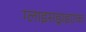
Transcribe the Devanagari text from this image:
ग्लाइसड्राइएक